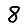
Digit: 8